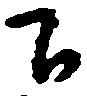
下